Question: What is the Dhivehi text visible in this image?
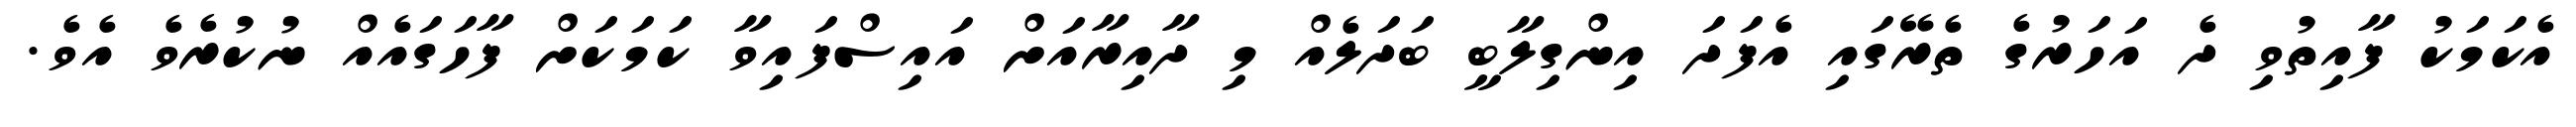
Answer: އެކަމަކު ފާއިތުވި ދެ އަހަރުގެ ތެރޭގައި އެފަދަ އިންގިލާބީ ބަދަލެއް މި ދާއިރާއަށް އައިސްފައިވާ ކަމަކަށް ފާހަގައެއް ނުކުރެވެ އެވެ.